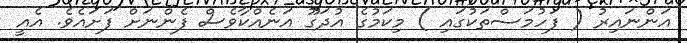
އަންނައިރު ( ފަހުމަސްތަކުގައި ) މިކަމުގެ އުދަގޫ އަނެއްކާވެސް ފެންނަށް ފަށައެވެ. އެއީ